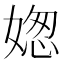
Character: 𡟟